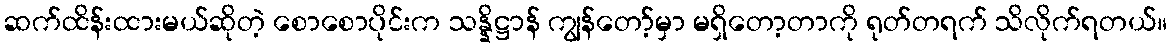
ဆက်ထိန်းထားမယ်ဆိုတဲ့ စောစောပိုင်းက သန္နိဋ္ဌာန် ကျွန်တော့်မှာ မရှိတော့တာကို ရုတ်တရက် သိလိုက်ရတယ်။